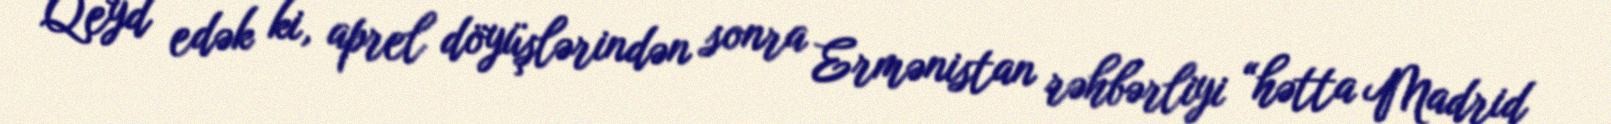
Qeyd edək ki, aprel döyüşlərindən sonra Ermənistan rəhbərliyi “hətta Madrid